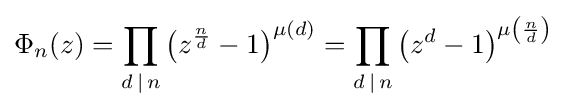
\Phi _{n}(z)=\prod _{d\,|\,n}\left(z^{\frac {n}{d}}-1\right)^{\mu (d)}=\prod _{d\,|\,n}\left(z^{d}-1\right)^{\mu \left({\frac {n}{d}}\right)}